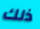
ذلك